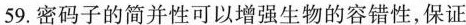
59.密码子的简并性可以增强生物的容错性，保证